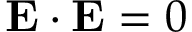
\mathbf { E \cdot \mathbf { E } } = 0